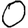
Digit: 0